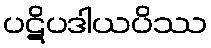
ပဋိပဒါယပိဿ